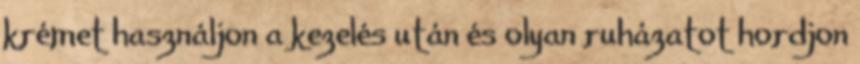
krémet használjon a kezelés után és olyan ruházatot hordjon